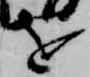
を